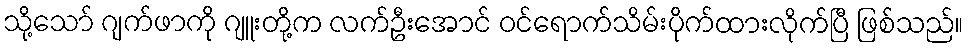
သို့သော် ဂျက်ဖာကို ဂျူးတို့က လက်ဦးအောင် ဝင်ရောက်သိမ်းပိုက်ထားလိုက်ပြီ ဖြစ်သည်။